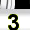
Digit: 3